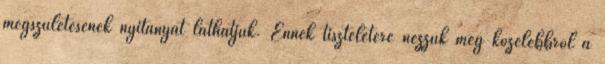
megszületésének nyitányát láthatjuk. Ennek tiszteletére nézzük meg közelebbről a